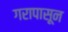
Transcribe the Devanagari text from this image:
गरापासून